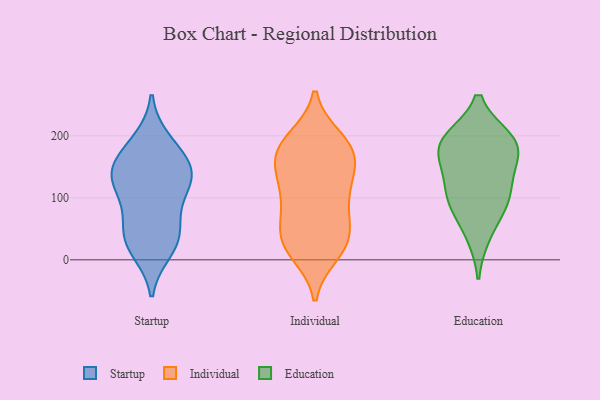
{"axis": {"x": "LTV (USD)", "y": "Value"}, "legend": ["Education", "Individual", "Startup"], "data": [{"x": "", "y": 32, "type": "Startup"}, {"x": "", "y": 108, "type": "Startup"}, {"x": "", "y": 61, "type": "Startup"}, {"x": "", "y": 26, "type": "Startup"}, {"x": "", "y": 192, "type": "Startup"}, {"x": "", "y": 154, "type": "Startup"}, {"x": "", "y": 103, "type": "Startup"}, {"x": "", "y": 181, "type": "Startup"}, {"x": "", "y": 138, "type": "Startup"}, {"x": "", "y": 145, "type": "Startup"}, {"x": "", "y": 135, "type": "Startup"}, {"x": "", "y": 49, "type": "Startup"}, {"x": "", "y": 138, "type": "Startup"}, {"x": "", "y": 15, "type": "Startup"}, {"x": "", "y": 19, "type": "Individual"}, {"x": "", "y": 64, "type": "Individual"}, {"x": "", "y": 193, "type": "Individual"}, {"x": "", "y": 127, "type": "Individual"}, {"x": "", "y": 160, "type": "Individual"}, {"x": "", "y": 26, "type": "Individual"}, {"x": "", "y": 88, "type": "Individual"}, {"x": "", "y": 177, "type": "Individual"}, {"x": "", "y": 195, "type": "Individual"}, {"x": "", "y": 53, "type": "Individual"}, {"x": "", "y": 137, "type": "Individual"}, {"x": "", "y": 177, "type": "Individual"}, {"x": "", "y": 155, "type": "Individual"}, {"x": "", "y": 178, "type": "Individual"}, {"x": "", "y": 102, "type": "Individual"}, {"x": "", "y": 108, "type": "Individual"}, {"x": "", "y": 28, "type": "Individual"}, {"x": "", "y": 11, "type": "Individual"}, {"x": "", "y": 37, "type": "Individual"}, {"x": "", "y": 187, "type": "Education"}, {"x": "", "y": 155, "type": "Education"}, {"x": "", "y": 187, "type": "Education"}, {"x": "", "y": 99, "type": "Education"}, {"x": "", "y": 194, "type": "Education"}, {"x": "", "y": 41, "type": "Education"}, {"x": "", "y": 93, "type": "Education"}, {"x": "", "y": 98, "type": "Education"}, {"x": "", "y": 141, "type": "Education"}, {"x": "", "y": 192, "type": "Education"}]}